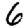
Digit: 6